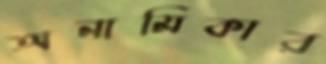
অনামিকার